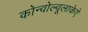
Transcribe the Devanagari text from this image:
कोन्वोल्वूलाकेऐ